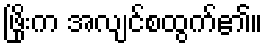
ဖြိုးက အလျင်စထွက်၏။